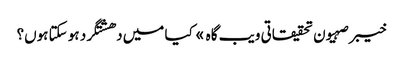
خیبر صہیون تحقیقاتی ویب گاہ » کیا میں دھشتگرد ہو سکتا ہوں؟